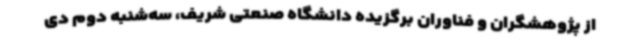
از پژوهشگران و فناوران برگزیده دانشگاه صنعتی شریف، سه‌شنبه دوم دی